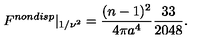
F ^ { n o n d i s p } | _ { 1 / \nu ^ { 2 } } = \frac { ( n - 1 ) ^ { 2 } } { 4 \pi a ^ { 4 } } \frac { 3 3 } { 2 0 4 8 } .